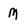
Character: M